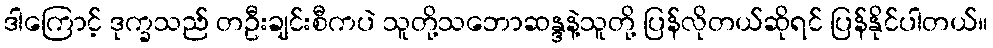
ဒါကြောင့် ဒုက္ခသည် တဦးချင်းစီကပဲ သူတို့သဘောဆန္ဒနဲ့သူတို့ ပြန်လိုတယ်ဆိုရင် ပြန်နိုင်ပါတယ်။